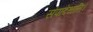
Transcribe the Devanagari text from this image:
संपादेथाति।